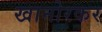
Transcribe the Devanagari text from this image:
खानोरकर